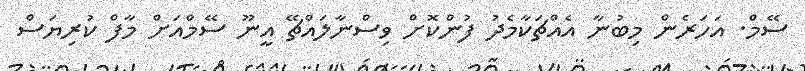
ސޭމް. އަހަރެން މިބުނާ އެއްޗަކާމެދު ފުންކޮށް ވިސްނާލައްޗޭ އީނޫ ސޭމްއަށް މާފް ކުރިޔަސް